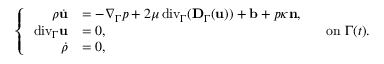
\left\{ \begin{array} { r l } { \rho \dot { \mathbf u } } & { = - \nabla _ { \Gamma } p + 2 \mu { \mathop { \, \mathrm { d i v } } } _ { \Gamma } ( \mathbf D _ { \Gamma } ( \mathbf u ) ) + \mathbf b + p \kappa \mathbf n , } \\ { { \mathop { \, \mathrm { d i v } } } _ { \Gamma } \mathbf u } & { = 0 , } \\ { \dot { \rho } } & { = 0 , } \end{array} \right. \quad \mathrm { o n } ~ \Gamma ( t ) .